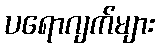
ပရောဂျက်များ